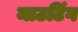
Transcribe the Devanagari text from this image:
माउटिंग